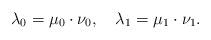
LaTeX: \begin{align*}\lambda_{0}=\mu_{0}\cdot\nu_{0},\quad\lambda_{1}=\mu_{1}\cdot\nu_{1}.\end{align*}